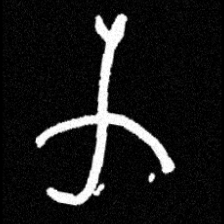
Pyu character \u2014 Myanmar letter: က (romanized: ka)